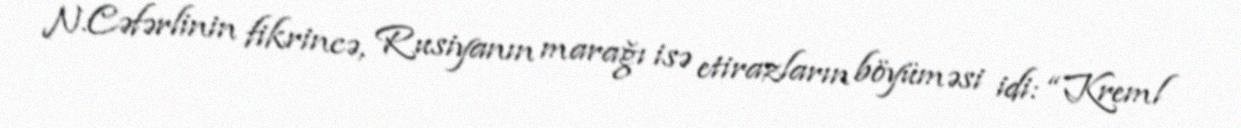
N.Cəfərlinin fikrincə, Rusiyanın marağı isə etirazların böyüməsi idi: “Kreml